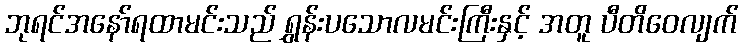
ဘုရင်အနော်ရထာမင်းသည် ရွှန်းပသောလမင်းကြီးနှင့် အတူ ပီတိဝေလျက်